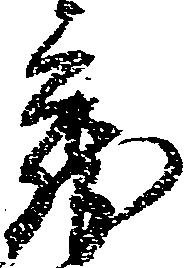
蔵